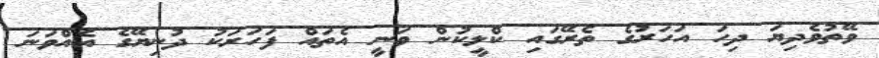
ވޭތުވެދިޔަ ދިހަ އަހަރުގެ ތެރޭގައި ކްލީކުން ވަނީ އެތައް ފަހަރަކު ދުނިޔޭގެ އެއްވަނަ